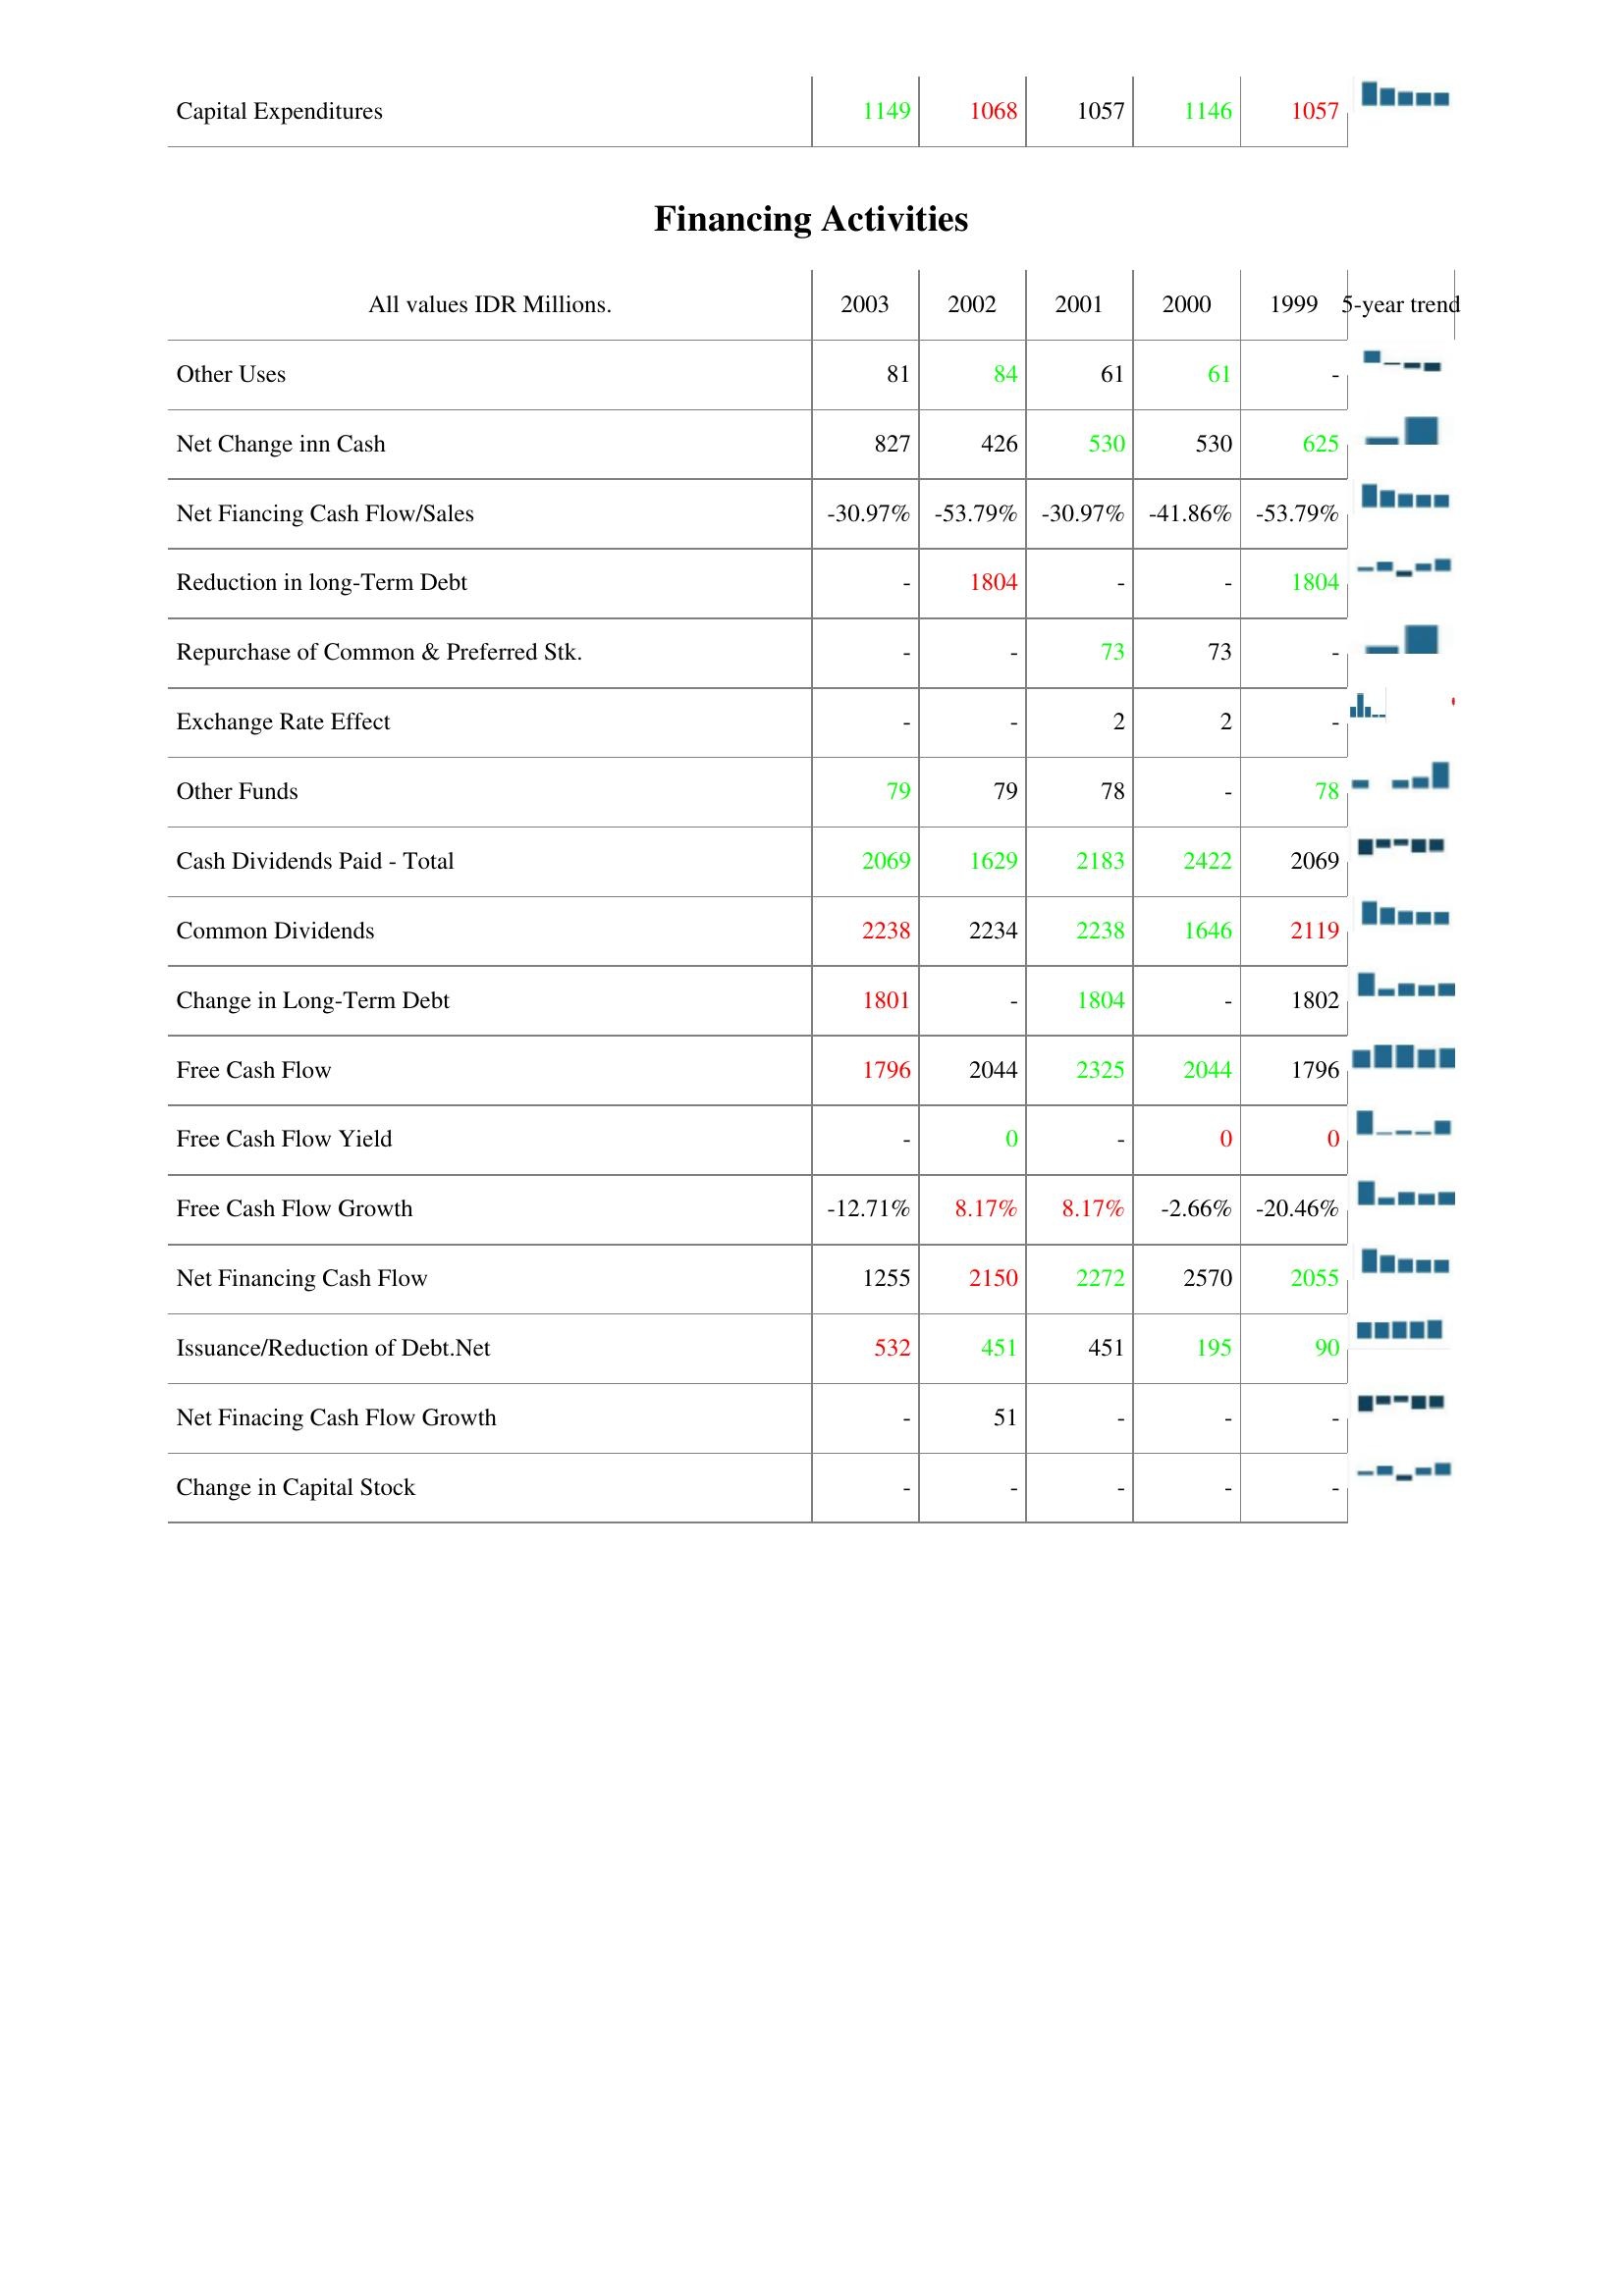
2003: Investing Activities: Capital Expenditures: 1149
Financing Activities: Other Uses: 81
Net Change inn Cash: 827
Net Fiancing Cash Flow/Sales: -30.97%
Reduction in long-Term Debt: -
Repurchase of Common & Preferred Stk.: -
Exchange Rate Effect: -
Other Funds: 79
Cash Dividends Paid - Total: 2069
Common Dividends: 2238
Change in Long-Term Debt: 1801
Free Cash Flow: 1796
Free Cash Flow Yield: -
Free Cash Flow Growth: -12.71%
Net Financing Cash Flow: 1255
Issuance/Reduction of Debt.Net: 532
Net Finacing Cash Flow Growth: -
Change in Capital Stock: -
2002: Investing Activities: Capital Expenditures: 1068
Financing Activities: Other Uses: 84
Net Change inn Cash: 426
Net Fiancing Cash Flow/Sales: -53.79%
Reduction in long-Term Debt: 1804
Repurchase of Common & Preferred Stk.: -
Exchange Rate Effect: -
Other Funds: 79
Cash Dividends Paid - Total: 1629
Common Dividends: 2234
Change in Long-Term Debt: -
Free Cash Flow: 2044
Free Cash Flow Yield: 0
Free Cash Flow Growth: 8.17%
Net Financing Cash Flow: 2150
Issuance/Reduction of Debt.Net: 451
Net Finacing Cash Flow Growth: 51
Change in Capital Stock: -
2001: Investing Activities: Capital Expenditures: 1057
Financing Activities: Other Uses: 61
Net Change inn Cash: 530
Net Fiancing Cash Flow/Sales: -30.97%
Reduction in long-Term Debt: -
Repurchase of Common & Preferred Stk.: 73
Exchange Rate Effect: 2
Other Funds: 78
Cash Dividends Paid - Total: 2183
Common Dividends: 2238
Change in Long-Term Debt: 1804
Free Cash Flow: 2325
Free Cash Flow Yield: -
Free Cash Flow Growth: 8.17%
Net Financing Cash Flow: 2272
Issuance/Reduction of Debt.Net: 451
Net Finacing Cash Flow Growth: -
Change in Capital Stock: -
2000: Investing Activities: Capital Expenditures: 1146
Financing Activities: Other Uses: 61
Net Change inn Cash: 530
Net Fiancing Cash Flow/Sales: -41.86%
Reduction in long-Term Debt: -
Repurchase of Common & Preferred Stk.: 73
Exchange Rate Effect: 2
Other Funds: -
Cash Dividends Paid - Total: 2422
Common Dividends: 1646
Change in Long-Term Debt: -
Free Cash Flow: 2044
Free Cash Flow Yield: 0
Free Cash Flow Growth: -2.66%
Net Financing Cash Flow: 2570
Issuance/Reduction of Debt.Net: 195
Net Finacing Cash Flow Growth: -
Change in Capital Stock: -
1999: Investing Activities: Capital Expenditures: 1057
Financing Activities: Other Uses: -
Net Change inn Cash: 625
Net Fiancing Cash Flow/Sales: -53.79%
Reduction in long-Term Debt: 1804
Repurchase of Common & Preferred Stk.: -
Exchange Rate Effect: -
Other Funds: 78
Cash Dividends Paid - Total: 2069
Common Dividends: 2119
Change in Long-Term Debt: 1802
Free Cash Flow: 1796
Free Cash Flow Yield: 0
Free Cash Flow Growth: -20.46%
Net Financing Cash Flow: 2055
Issuance/Reduction of Debt.Net: 90
Net Finacing Cash Flow Growth: -
Change in Capital Stock: -